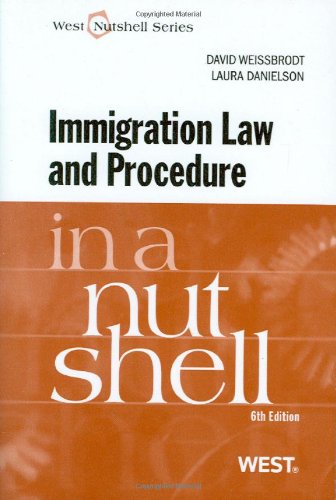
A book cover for Immigration Law and Procedure in a Nutshell; David Weissbrodt; Law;